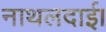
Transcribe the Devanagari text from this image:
नाथलदाई।